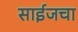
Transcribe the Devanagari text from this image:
साईजचा